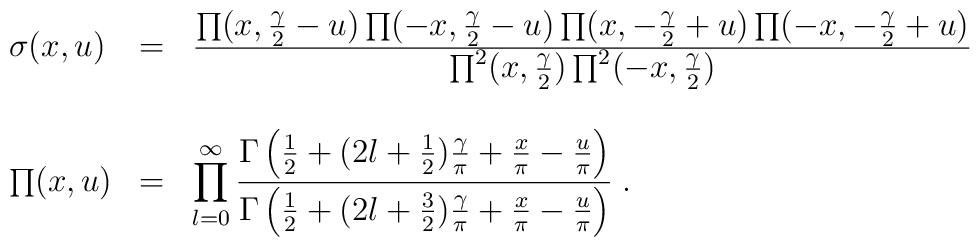
\begin{array}{lcl}\sigma(x,u)&=&\frac{\textstyle\prod(x,\frac{\gamma}{2}-u)\prod(-x,\frac{\gamma}{2}-u)\prod(x,-\frac{\gamma}{2}+u)\prod(-x,-\frac{\gamma}{2}+u)}{\textstyle\prod^2(x,\frac{\gamma}{2})\prod^2(-x,\frac{\gamma}{2})}\\&&\\\prod(x,u)&=&\displaystyle\prod_{l=0}^{\infty}\frac{\textstyle\Gamma\left(\frac{1}{2}+(2l+\frac{1}{2})\frac{\gamma}{\pi}+\frac{x}{\pi}-\frac{u}{\pi}\right)}{\textstyle\Gamma\left(\frac{1}{2}+(2l+\frac{3}{2})\frac{\gamma}{\pi}+\frac{x}{\pi}-\frac{u}{\pi}\right)}\;.\end{array}